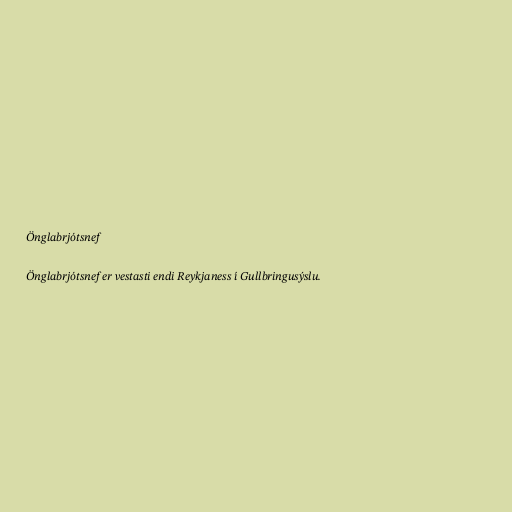
Önglabrjótsnef

Önglabrjótsnef er vestasti endi Reykjaness í Gullbringusýslu.